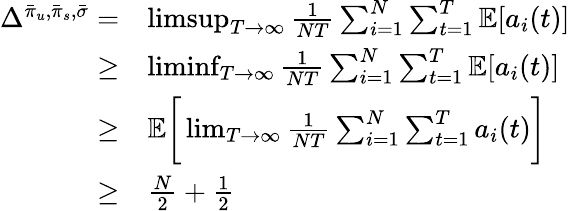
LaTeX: \begin{array}{rl}{\Delta^{\bar{\pi}_{u},\bar{\pi}_{s},\bar{\sigma}}=}&{\operatorname*{limsup}_{T\rightarrow\infty}\frac{1}{NT}\sum_{i=1}^{N}\sum_{t=1}^{T}\mathbb{E}[a_{i}(t)]}\\ {\geq}&{\operatorname*{liminf}_{T\rightarrow\infty}\frac{1}{NT}\sum_{i=1}^{N}\sum_{t=1}^{T}\mathbb{E}[a_{i}(t)]}\\ {\geq}&{\mathbb{E}\bigg[\operatorname*{lim}_{T\rightarrow\infty}\frac{1}{NT}\sum_{i=1}^{N}\sum_{t=1}^{T}a_{i}(t)\bigg]}\\ {\geq}&{\frac{N}{2}+\frac{1}{2}}\end{array}